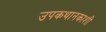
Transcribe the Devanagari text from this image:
उपकथानकाशी